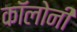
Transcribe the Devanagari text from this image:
काॅलोनी